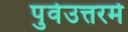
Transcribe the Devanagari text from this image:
पुर्वउत्तरमे